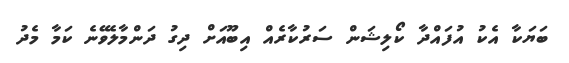
ބަޔަކާ އެކު އުފައްދާ ކޯލިޝަން ސަރުކާރެއް އިބޫއަށް ދިގު ދަންމާލެވޭނެ ކަމާ މެދު